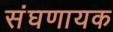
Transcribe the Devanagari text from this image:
संघणायक